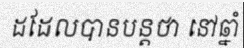
ដដែលបានបន្តថា នៅឆ្នាំ